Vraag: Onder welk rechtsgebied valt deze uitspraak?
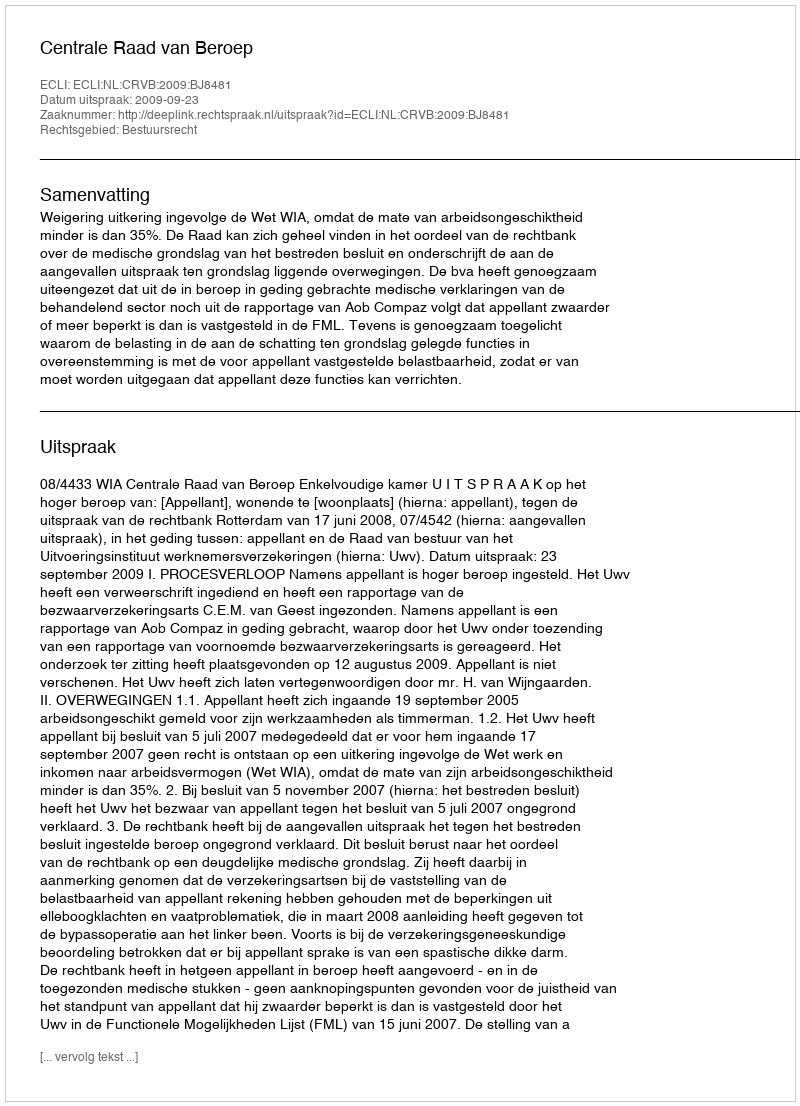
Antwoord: Bestuursrecht